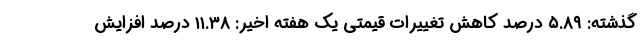
گذشته: ۵.۸۹ درصد کاهش تغییرات قیمتی یک هفته اخیر: ۱۱.۳۸ درصد افزایش